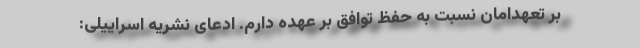
بر تعهدامان نسبت به حفظ توافق بر عهده دارم. ادعای نشریه اسراییلی: